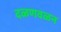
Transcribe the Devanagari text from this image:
दळणवळन